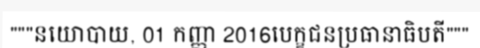
"""នយោបាយ, 01 កញ្ញា 2016បេក្ខជនប្រធានាធិបតី"""